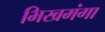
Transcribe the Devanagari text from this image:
भिखमंगा